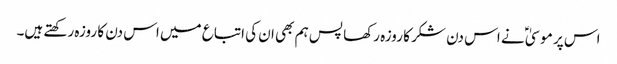
اس پر موسیٰ ؑ نے اس دن شکر کا روزہ رکھا پس ہم بھی ان کی اتباع میں اس دن کا روزہ رکھتے ہیں۔